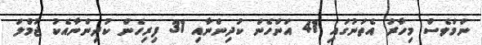
ނަމަވެސް މިހާރު އެތަނުގައި 41 އަންހެން ކުދިންނާއި 31 ފިރިހެން ކުދިންނާއެކު ޖުމްލަ